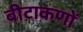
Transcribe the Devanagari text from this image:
बीटाकणों